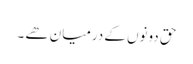
حق دونوں کے درمیان ھے ۔